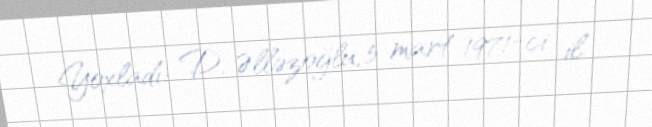
Yoxladı: D. Əlləzoğlu, 5 mart 1971-ci il